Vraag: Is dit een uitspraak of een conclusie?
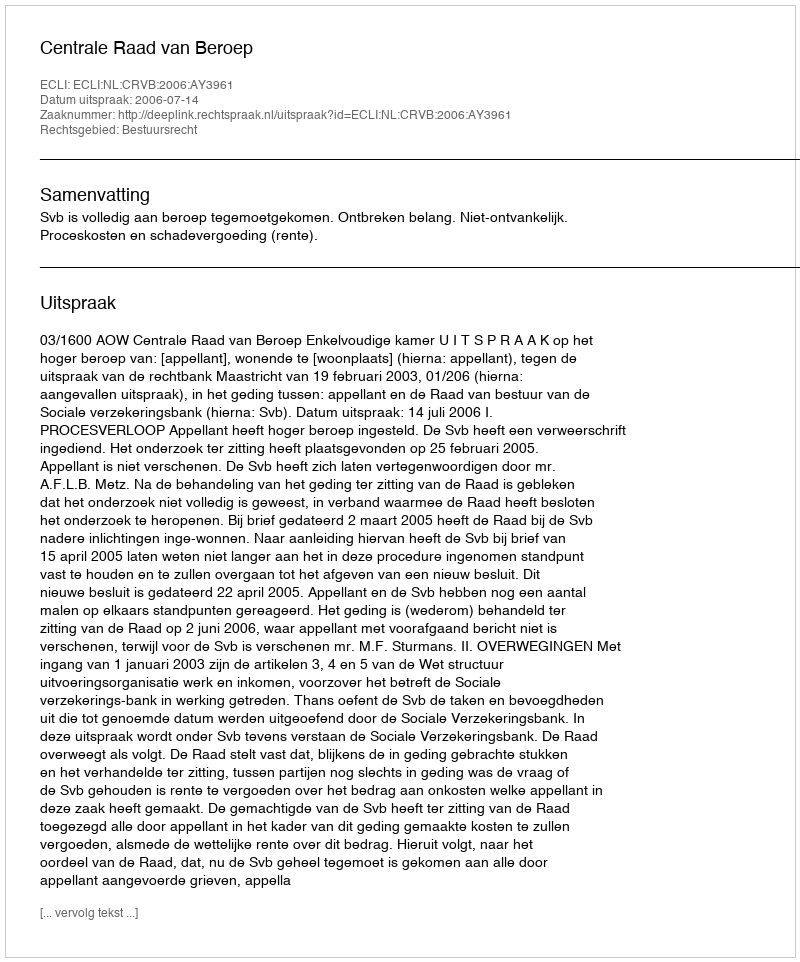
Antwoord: Uitspraak